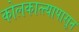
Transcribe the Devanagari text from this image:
कोलकात्त्यापासून